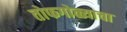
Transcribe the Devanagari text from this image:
तोफगोळ्याचा